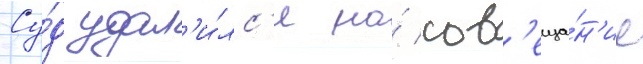
Су́д удал'и́лс'я на́ сов'еща́н'ие